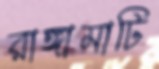
রাঙ্গামাটি